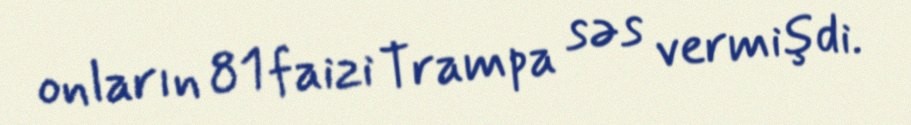
onların 81 faizi Trampa səs vermişdi.